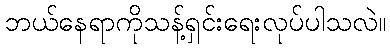
ဘယ်နေရာကိုသန့်ရှင်းရေးလုပ်ပါသလဲ။